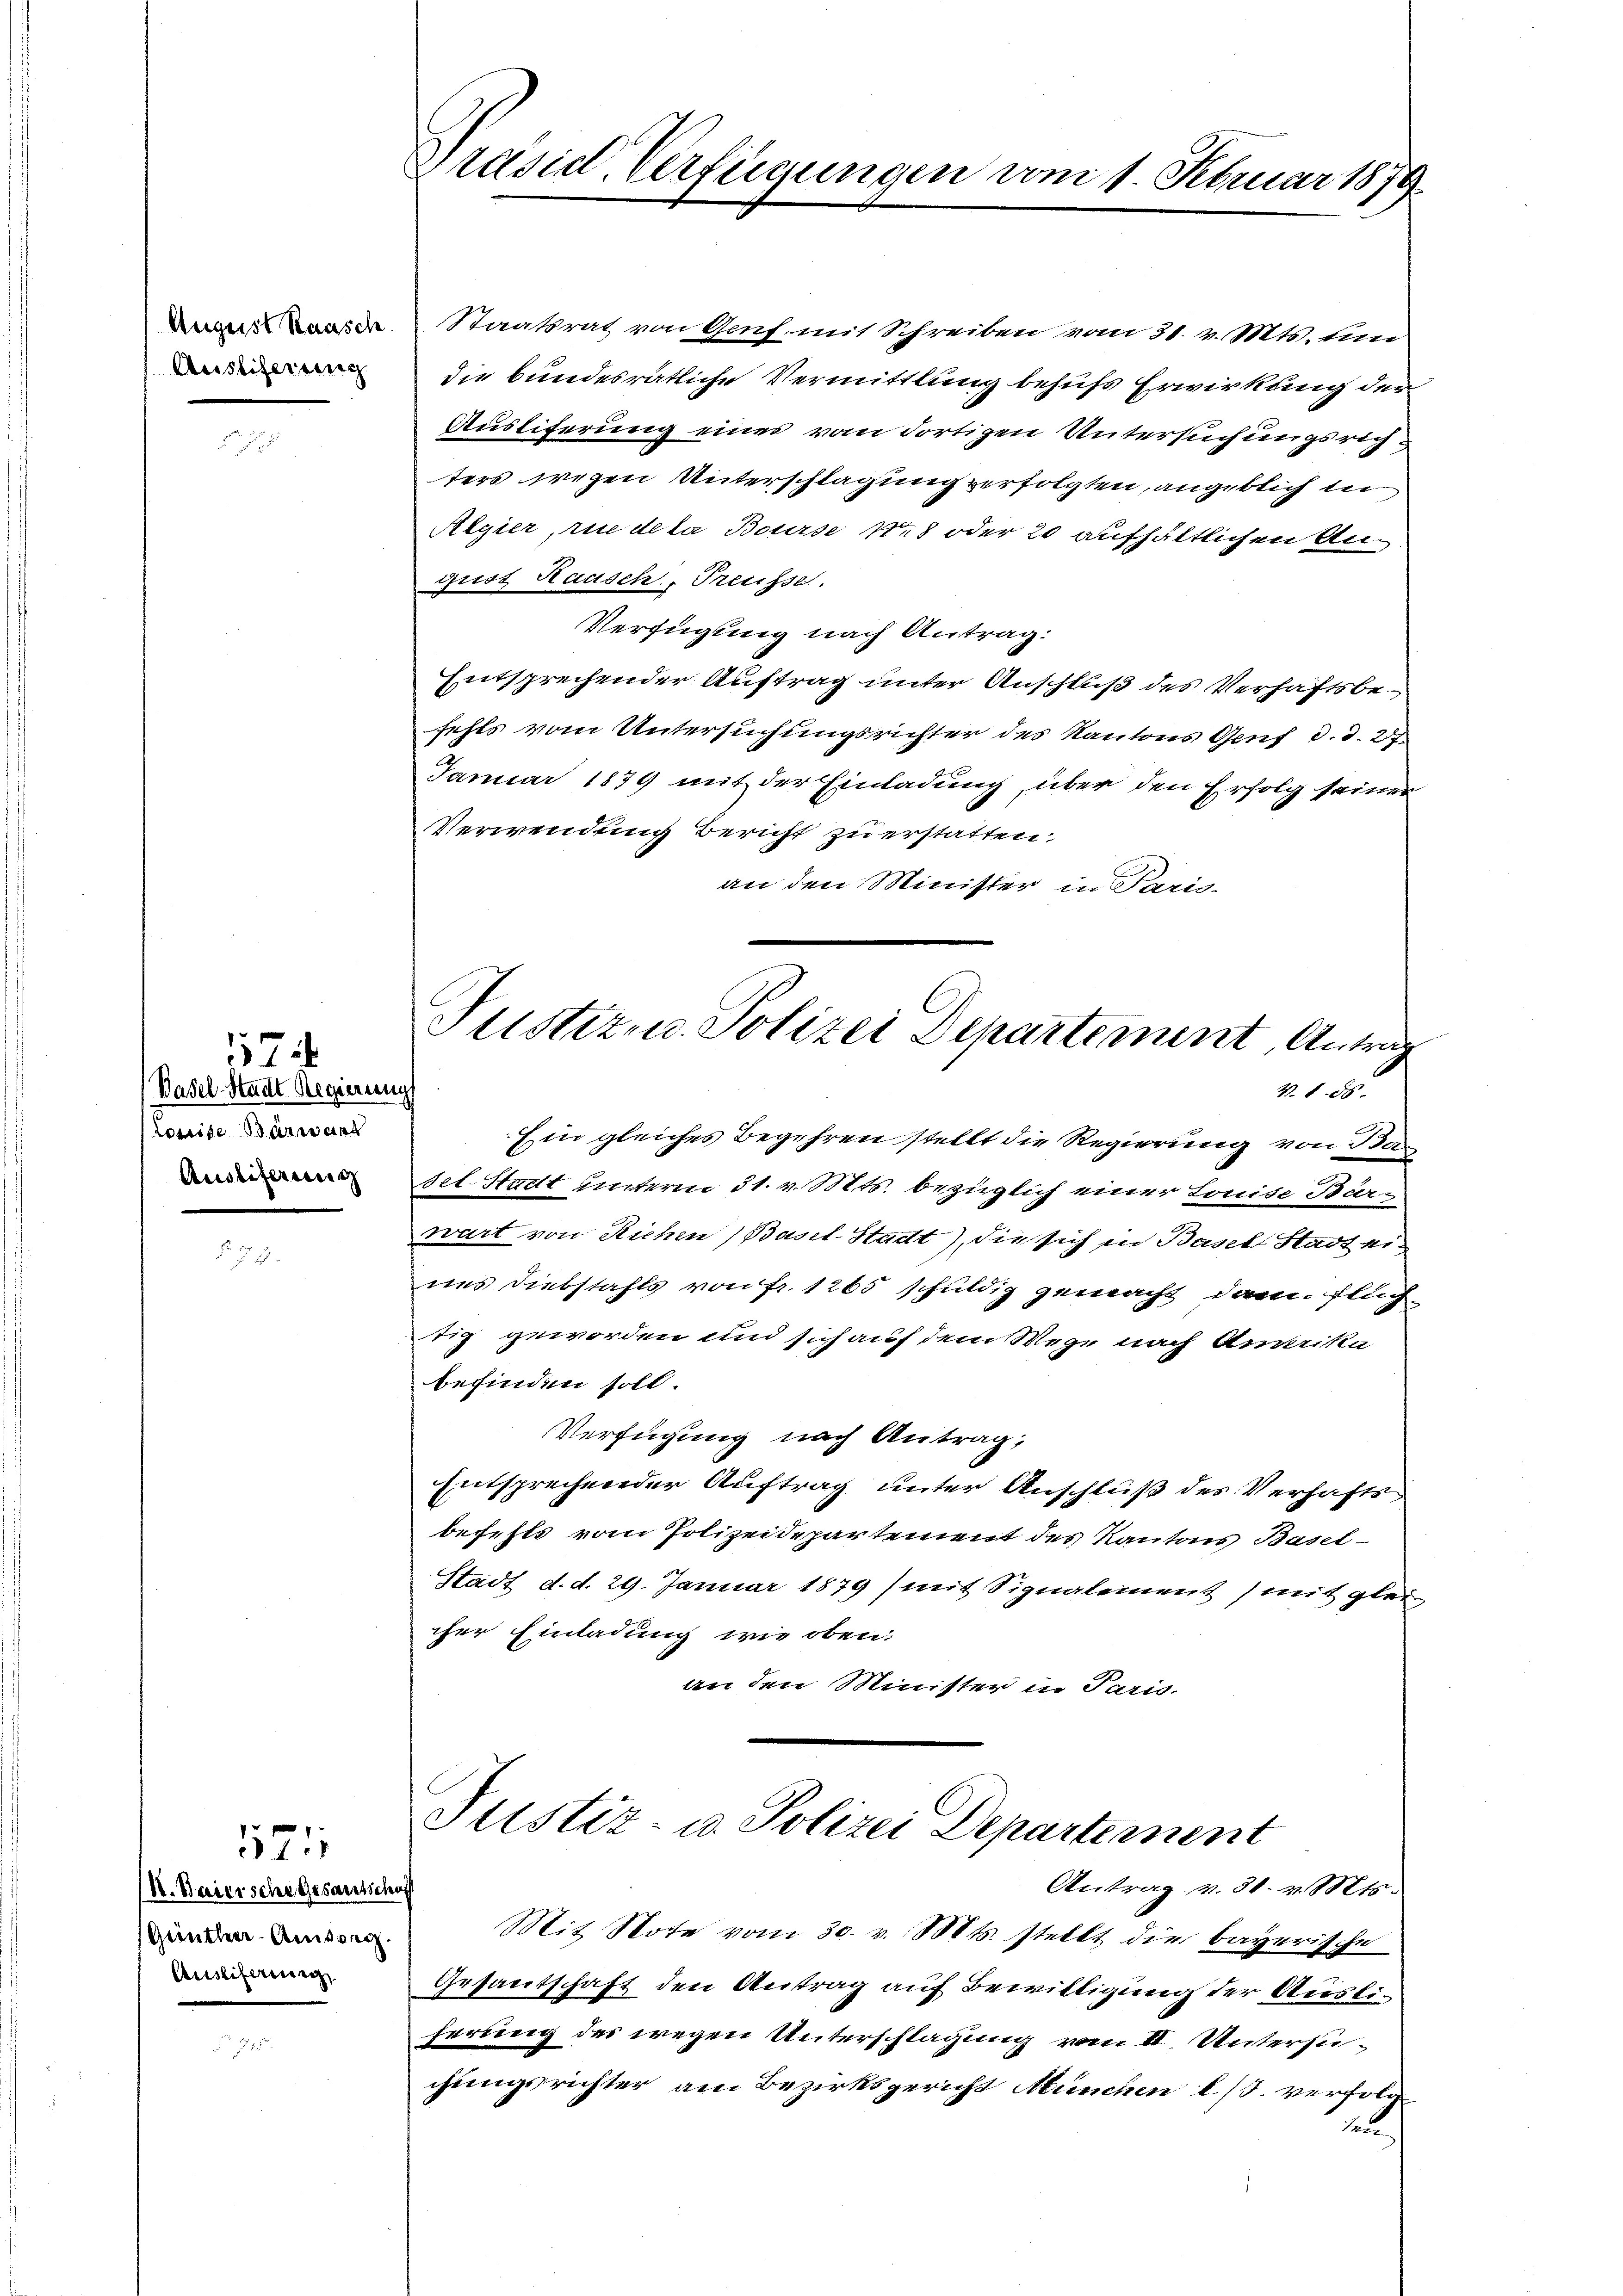
August Rausch
Ausliterung

574
(Basel-Stadt Regierung
Louise erwart
Auslieferung

1121

K. Baiersche Gesantschaft
Geintleer-Amsong.
Ausliferung,

Präsid. Verfügungen vom 1. Februar 1879.

Justiz u. Polizei Departement, Antrag
V. 1. 85.

Staatsrat von Genf mit Schreiben vom 31. v. Mts. ten
die bundesrätliche Vermittlung behufs Erwirkung der
Ausliferung eines vom dortigen Untersuchungsrich
ters wegen Unterschlagung verfolgten, angeblich in
Regier, rue deta Bourse N. 8 oder 20 aufhältlichen Anguot Rausch, Preusse.
Verfügung nach Antrag:
Entsprechender Auftrag unter Anschluß des Verhaftsbefehls vom Untersuchungsrichter des Kantons Genf d. d. 27
Januar 1879 mit der Einladung, über den Erfolg seiner
Verwendung Bericht zu erstatten.
an den Minister in Paris-
Ein gleiches Begehren stellt die Regierung von Ba¬
Set. Stadt unterm 31. v. Mts. bezüglich einer Louise Barwart von Richen) Basel-Stadt), die sich in Basel Stadt eines Diebstahls von Fr. 1265 schuldig gemacht, dann Fluch
tig geworden und sich auf dem Wege nach Artika
befinden soll.
Verfügung nach Antrag;
Entsprechender Auftrag unter Anschluß des Verhafts
befehls vom Polizeidepartement des Kantons Basel-
Stadt d. d. 29. Januar 1879 / mit Signalement mit glei
cher Einladung wie oben.
an den Minister in Paris.
ustiz- u. Polizei Departement
Antrag v. 31. v. Mts.
Mit Note vom 30. v. Mts. stellt die bayerische
Gesandtschaft den Antrag auf Bewilligung der Ausliferung des wegen Unterschlagung vom II. Untersuchungsrichter am Bezirksgericht München l. J. verfolg
n